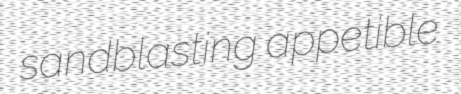
sandblasting appetible